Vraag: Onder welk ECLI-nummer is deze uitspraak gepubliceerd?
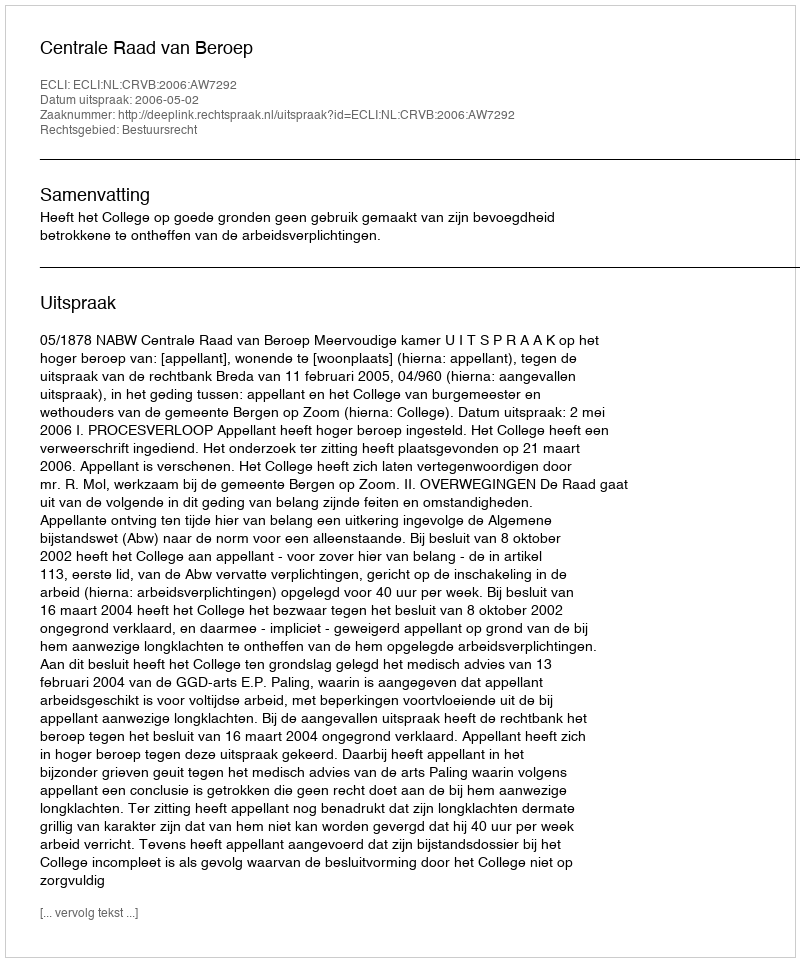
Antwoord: ECLI:NL:CRVB:2006:AW7292